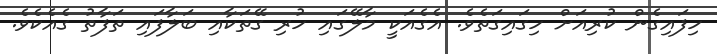
ހިފައިގެން ކުރިއަށް ހިގައިގަތެވެ. އެގެއަކީ މާލޭގައި ހުރި ގޭތަކާއި ބަލާފައި ތަފާތު ގެއެކެވެ.